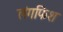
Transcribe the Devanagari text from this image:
लंगफिश